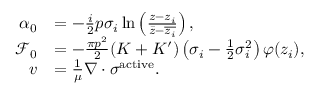
\begin{array} { r l } { \alpha _ { 0 } } & { = - \frac { i } { 2 } p \sigma _ { i } \ln \left( \frac { z - z _ { i } } { \bar { z } - \overline { { z _ { i } } } } \right) , } \\ { \mathcal F _ { 0 } } & { = - \frac { \pi p ^ { 2 } } { 2 } ( K + K ^ { \prime } ) \left( \sigma _ { i } - \frac { 1 } { 2 } \sigma _ { i } ^ { 2 } \right) \varphi ( z _ { i } ) , } \\ { v } & { = \frac { 1 } { \mu } \nabla \cdot \sigma ^ { \mathrm { a c t i v e } } . } \end{array}